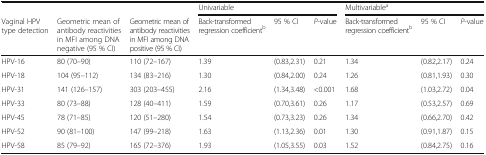
|  |  |  | <COLSPAN=3> Univariable | <COLSPAN=3> Multivariablea |
 | Vaginal HPV type detection | Geometric mean of antibody reactivities in MFI among DNA negative (95 % CI) | Geometric mean of antibody reactivities in MFI among DNA positive (95 % CI) | Back-transformed regression coefficientb | 95 % CI | P-value | Back-transformed regression coefficientb | 95 % CI | P-value |
 | --- | --- | --- | --- | --- | --- | --- | --- | --- |
 | HPV-16 | 80 (70–90) | 110 (72–167) | 1.39 | (0.83,2.31) | 0.21 | 1.34 | (0.82,2.17) | 0.24 |
 | HPV-18 | 104 (95–112) | 134 (83–216) | 1.30 | (0.84,2.00) | 0.24 | 1.26 | (0.81,1.93) | 0.30 |
 | HPV-31 | 141 (126–157) | 303 (203–455) | 2.16 | (1.34,3.48) | <0.001 | 1.68 | (1.03,2.72) | 0.04 |
 | HPV-33 | 80 (73–88) | 128 (40–411) | 1.59 | (0.70,3.61) | 0.26 | 1.17 | (0.53,2.57) | 0.69 |
 | HPV-45 | 78 (71–85) | 120 (51–280) | 1.54 | (0.73,3.23) | 0.26 | 1.34 | (0.66,2.70) | 0.42 |
 | HPV-52 | 90 (81–100) | 147 (99–218) | 1.63 | (1.13,2.36) | 0.01 | 1.30 | (0.91,1.87) | 0.15 |
 | HPV-58 | 85 (79–92) | 165 (72–376) | 1.93 | (1.05,3.55) | 0.03 | 1.52 | (0.84,2.75) | 0.16 |